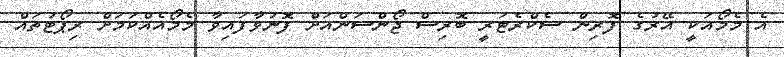
އެ މެމޯއަކީ އޭރުގެ ފޮރިން ސެކްރެޓަރީ ބޮރިސް ޖޯންސަންއަށް ފޮނުވާފައިވާ މެމޯއެއްކަމަށް ރިޕޯޓުތައް